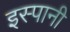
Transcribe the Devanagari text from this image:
इस्पानी